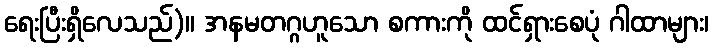
ရေးပြီးရှိလေသည်)။ အနမတဂ္ဂဟူသော စကားကို ထင်ရှားစေပုံ ဂါထာများ၊